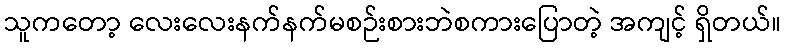
သူကတော့ လေးလေးနက်နက်မစဉ်းစားဘဲစကားပြောတဲ့ အကျင့် ရှိတယ်။